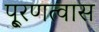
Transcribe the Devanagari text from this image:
पू्रणत्वास